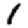
Digit: 1